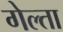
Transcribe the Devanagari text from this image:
गेल्ता